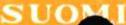
SUOMI